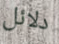
دلائل